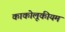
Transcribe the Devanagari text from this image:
काकोलूकीयम